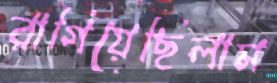
রাগিয়েছিলাম